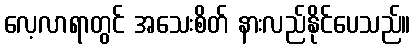
လေ့လာရာတွင် အသေးစိတ် နားလည်နိုင်ပေသည်။